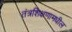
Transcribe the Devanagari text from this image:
तंत्रशिक्षणामधील